Civil Veterinary Department Bihar & Orissa reports 1929-36 - 1929-1936
Year: 1929
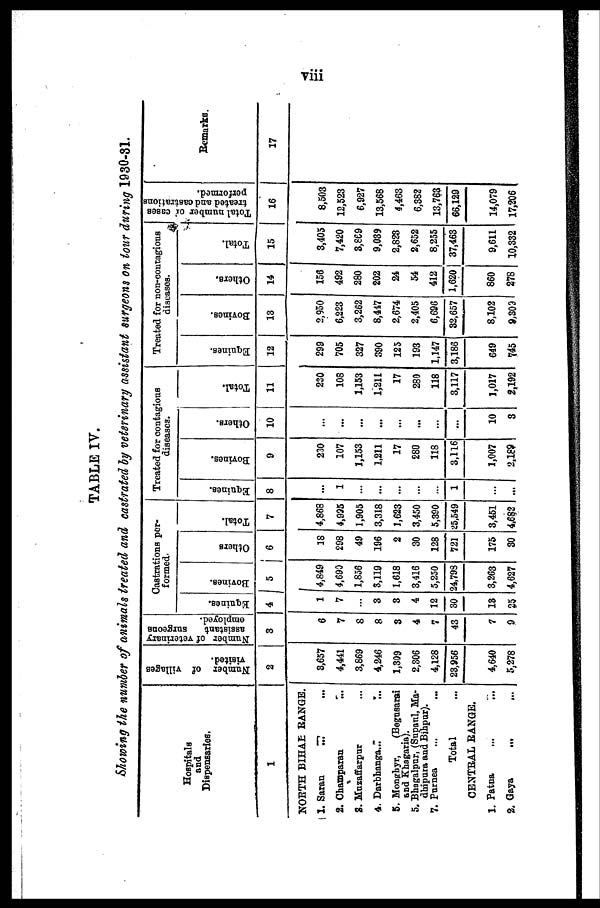
viii
TABLE IV.
Showing the number of animals treated and castrated by veterinary assistant surgeons on tour during 1930-31.
Hospitals
and
Dispensaries.
1
NORTH BIHAR RANGE.
1. Saran ... ...
2. Champaran ...
3. Muzaffarpur ...
4. Darbhanga ... ...
5. Monghyr,
(Begusarai
5. Bhagalpur, (Supaul, Ma-
dhipura and Bihpur).
7. Purnea ... ...
Total ...
CENTRAL RANGE.
1. Patna ... ...
2. Gaya ... ...
Number of villages
visited.
2
3,657
4,441
3,869
4,246
1,309
2,306
4,128
23,956
4,640
5,278
Number of veterinary
assistant
surgeons
employed.
3
6
7
8
8
3
4
7
43
7
9
Castrations per-
formed.
Equines.
4
1
7
...
3
3
4
12
30
13
25
Bovines.
5
4,849
4,690
1,856
3,119
1,618
3,416
5,250
24,798
3,263
4,627
Others
6
18
298
49
196
2
30
128
721
175
30
Total.
7
4,868
4,995
1,905
3,318
1,623
3,450
5,390
25,549
3,451
4,682
Treated for contagions
diseases.
Equines.
8
...
1
...
...
...
...
...
1
...
...
Bovines.
9
230
107
1,153
1,211
17
280
118
3,116
1,007
2,189
Others.
10
...
...
...
...
...
...
...
...
10
3
Total.
11
230
108
1,153
1,211
17
280
118
3,117
1,017
2,192
Treated for non-contagions
diseases.
Equines.
12
299
705
327
390
125
193
1,147
3,186
649
745
Bovines.
13
2,950
6,223
3,262
8,447
2,674
2,405
6,696
32,657
8,102
9,309
Others.
...
14
156
492
280
202
24
54
412
1,620
860
278
Total.
15
3,405
7,420
3,869
9,039
2,823
2,652
8,255
37,463
9,611
10,332
Total number or cases
treated and castrations
performed.
16
8,503
12,523
6,927
13,568
4,463
6,382
13,763
66,129
14,079
17,206
Remarks.
17